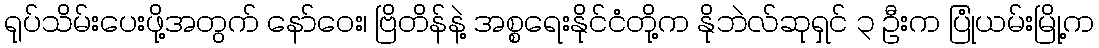
ရုပ်သိမ်းပေးဖို့အတွက် နော်ဝေး၊ ဗြိတိန်နဲ့ အစ္စရေးနိုင်ငံတို့က နိုဘဲလ်ဆုရှင် ၃ ဦးက ပြုံယမ်းမြို့က